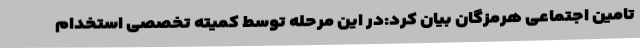
تامین اجتماعی هرمزگان بیان کرد:در این مرحله توسط کمیته تخصصی استخدام